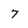
Character: 7